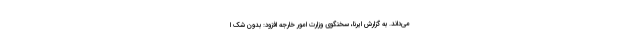
می‌داند. به گزارش ایرنا، سخنگوی وزارت امور خارجه افزود: بدون شک ا